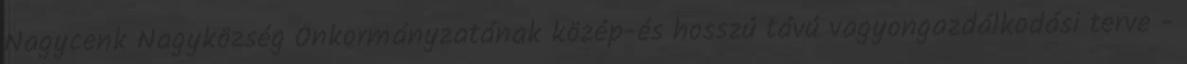
Nagycenk Nagyközség Önkormányzatának közép-és hosszú távú vagyongazdálkodási terve -